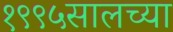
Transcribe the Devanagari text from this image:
१९९५सालच्या